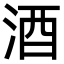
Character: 酒